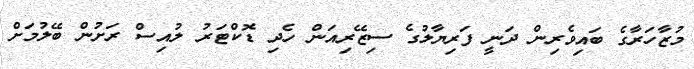
މުޒާހަރާގެ ބައިވެރިން ދަނީ ފަރިޔާލުގެ ސިޒޭރިއަން ހެދި ޑޮކްޓަރު ލުއިސް ރަށުން ބޭލުމަށް